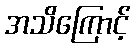
အသိကြောင့်